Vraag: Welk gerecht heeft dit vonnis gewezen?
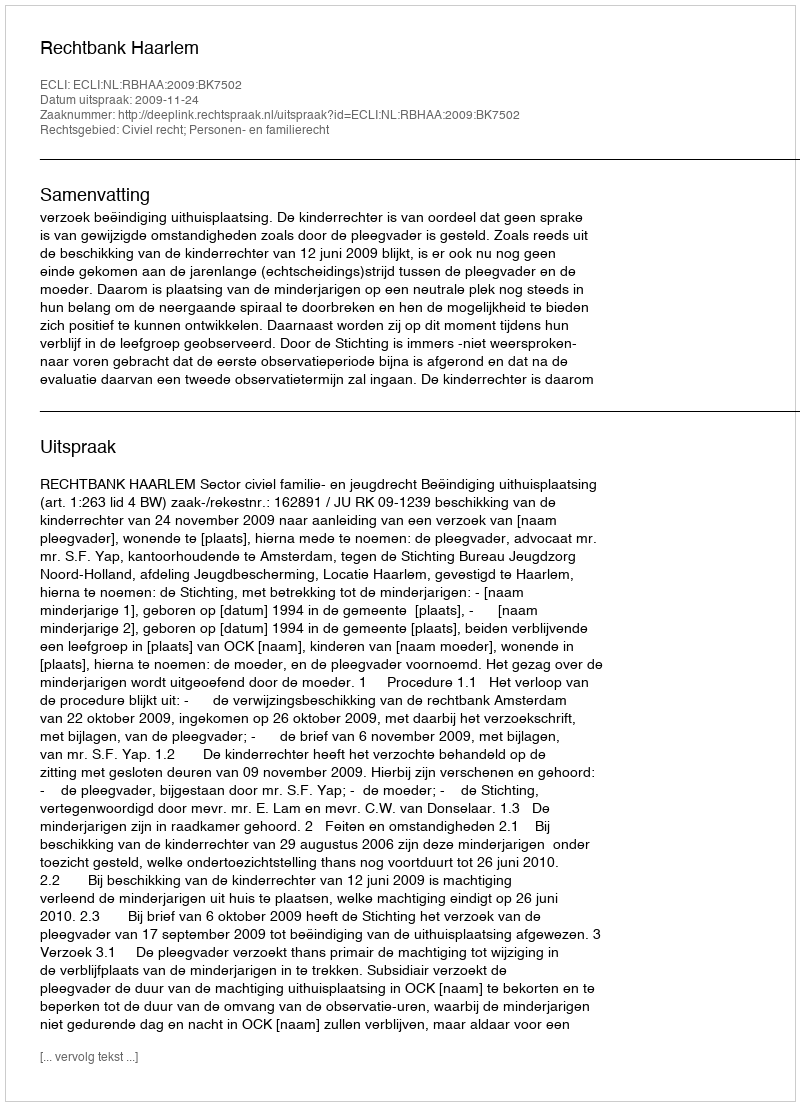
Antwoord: Rechtbank Haarlem